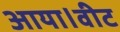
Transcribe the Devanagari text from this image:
आया।वीट